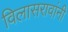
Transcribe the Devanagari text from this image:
विलासरावांनी